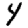
Digit: 4